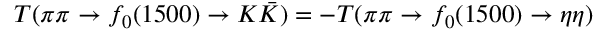
T ( \pi \pi \to f _ { 0 } ( 1 5 0 0 ) \to K \bar { K } ) = - T ( \pi \pi \to f _ { 0 } ( 1 5 0 0 ) \to \eta \eta )